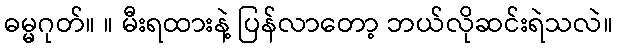
ဓမ္မဂုတ်။ ။ မီးရထားနဲ့ ပြန်လာတော့ ဘယ်လိုဆင်းရဲသလဲ။